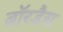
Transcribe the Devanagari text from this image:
बॉरडैस